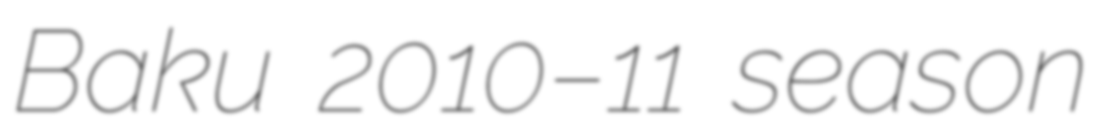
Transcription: Baku 2010–11 season